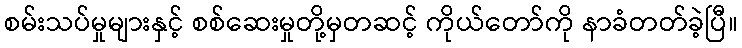
စမ်းသပ်မှုများနှင့် စစ်ဆေးမှုတို့မှတဆင့် ကိုယ်တော်ကို နာခံတတ်ခဲ့ပြီ။